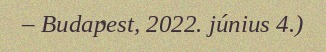
– Budapest, 2022. június 4.)